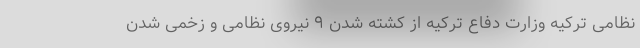
نظامی ترکیه وزارت دفاع ترکیه از کشته شدن ۹ نیروی نظامی و زخمی شدن